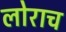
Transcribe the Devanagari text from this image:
लोराच